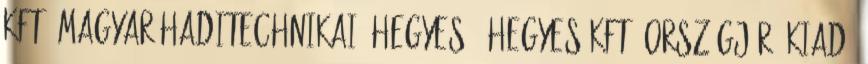
Kft. Magyar Haditechnikai. Hegyes & Hegyes Kft. Országjáró Kiadó